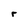
Character: r